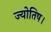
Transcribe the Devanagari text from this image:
ज्‍योतिष।